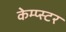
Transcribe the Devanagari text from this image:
केम्प्स्टर